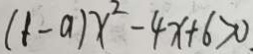
( 1 - a ) x ^ { 2 } - 4 x + 6 > 0 _ { \cdot }